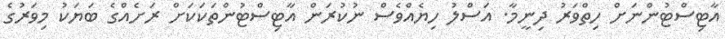
އާޓިސްޓުންނަށް ހިތްވަރު ދިނީމާ. އަސްލު ހިޔެއްވެސް ނުކުރަން އާޓިސްޓުންތަކަކަށް ރަށެއްގެ ބަޔަކު މިވަރުގެ